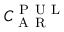
C _ { \mathrm { ~ A ~ R ~ } } ^ { \mathrm { ~ P ~ U ~ L ~ } }